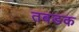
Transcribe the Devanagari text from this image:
तबडक